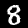
Digit: 8